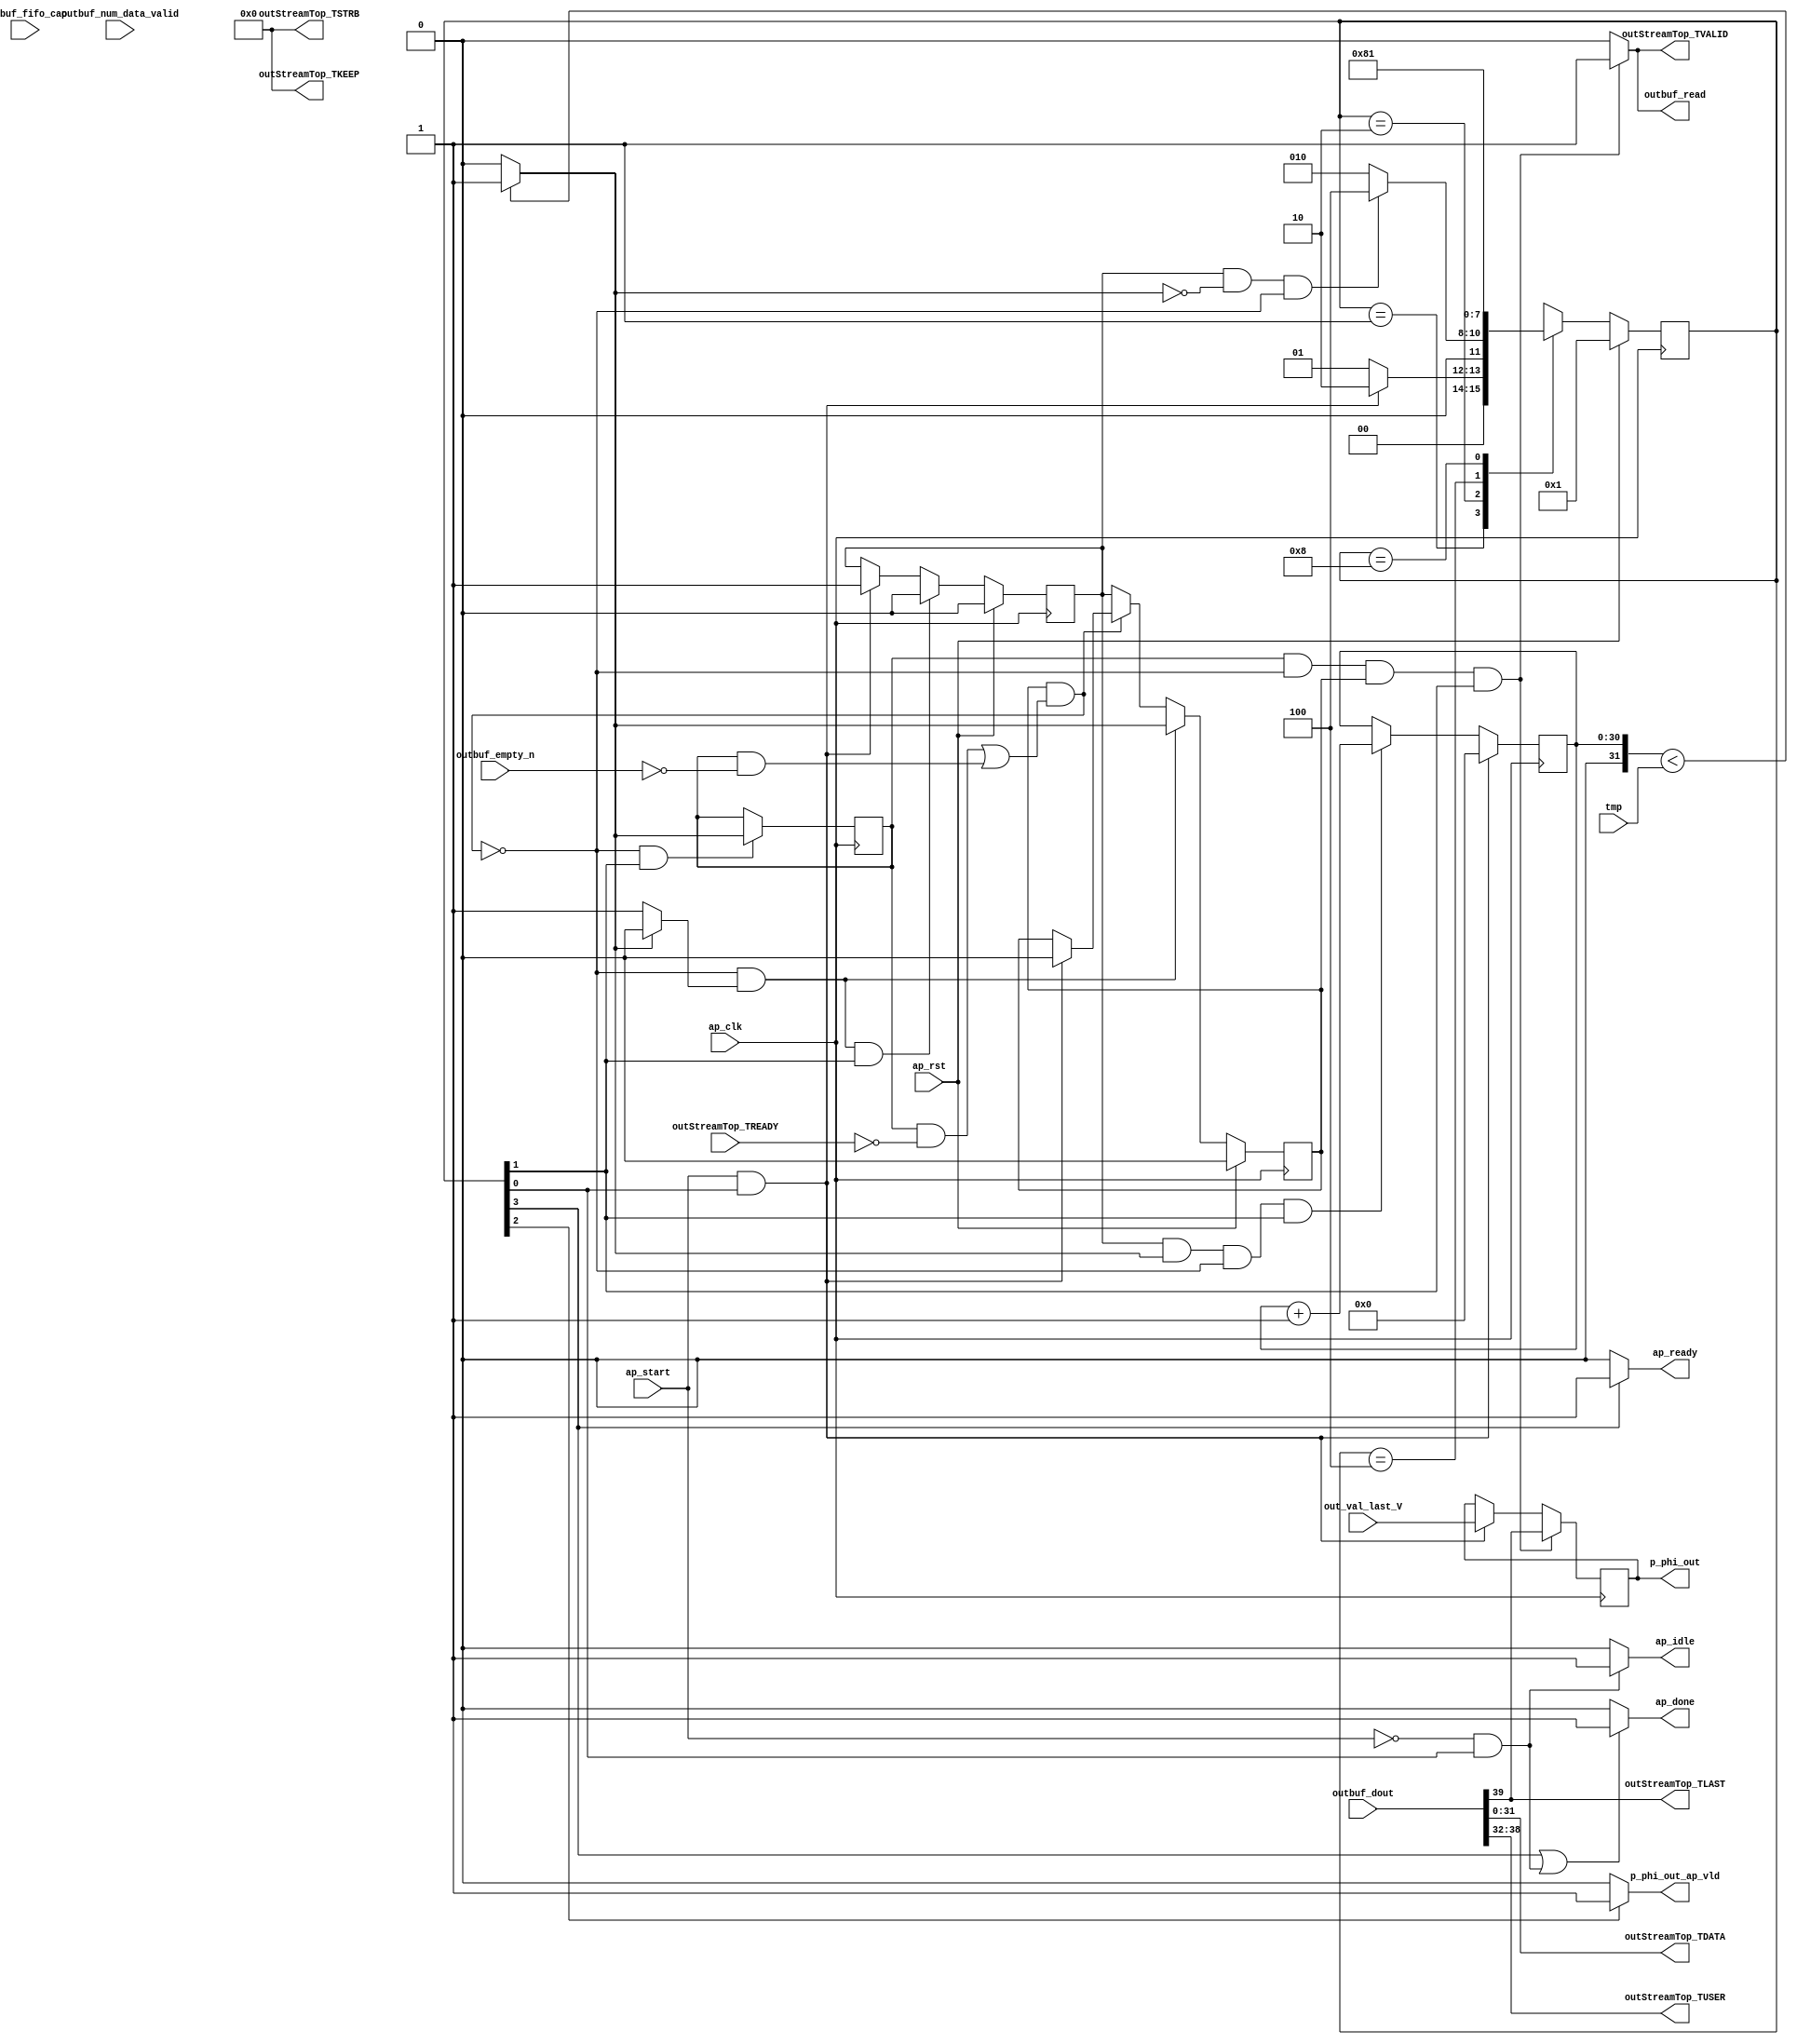
// ==============================================================
// RTL generated by Vitis HLS - High-Level Synthesis from C, C++ and OpenCL v2022.1 (64-bit)
// Version: 2022.1
// Copyright (C) Copyright 1986-2022 Xilinx, Inc. All Rights Reserved.
// 
// ===========================================================

`timescale 1 ns / 1 ps 

module userdma_sendoutstream_Pipeline_VITIS_LOOP_151_2 (
        ap_clk,
        ap_rst,
        ap_start,
        ap_done,
        ap_idle,
        ap_ready,
        out_val_last_V,
        tmp,
        outbuf_dout,
        outbuf_num_data_valid,
        outbuf_fifo_cap,
        outbuf_empty_n,
        outbuf_read,
        outStreamTop_TDATA,
        outStreamTop_TVALID,
        outStreamTop_TREADY,
        outStreamTop_TKEEP,
        outStreamTop_TSTRB,
        outStreamTop_TUSER,
        outStreamTop_TLAST,
        p_phi_out,
        p_phi_out_ap_vld
);

parameter    ap_ST_fsm_state1 = 4'd1;
parameter    ap_ST_fsm_pp0_stage0 = 4'd2;
parameter    ap_ST_fsm_state4 = 4'd4;
parameter    ap_ST_fsm_state5 = 4'd8;

input   ap_clk;
input   ap_rst;
input   ap_start;
output   ap_done;
output   ap_idle;
output   ap_ready;
input  [0:0] out_val_last_V;
input  [31:0] tmp;
input  [39:0] outbuf_dout;
input  [7:0] outbuf_num_data_valid;
input  [7:0] outbuf_fifo_cap;
input   outbuf_empty_n;
output   outbuf_read;
output  [31:0] outStreamTop_TDATA;
output   outStreamTop_TVALID;
input   outStreamTop_TREADY;
output  [3:0] outStreamTop_TKEEP;
output  [3:0] outStreamTop_TSTRB;
output  [6:0] outStreamTop_TUSER;
output  [0:0] outStreamTop_TLAST;
output  [0:0] p_phi_out;
output   p_phi_out_ap_vld;

reg ap_done;
reg ap_idle;
reg ap_ready;
reg outbuf_read;
reg outStreamTop_TVALID;
reg p_phi_out_ap_vld;

(* fsm_encoding = "none" *) reg   [3:0] ap_CS_fsm;
wire    ap_CS_fsm_state1;
reg    outbuf_blk_n;
wire    ap_CS_fsm_pp0_stage0;
reg    ap_enable_reg_pp0_iter1;
wire    ap_block_pp0_stage0;
reg   [0:0] icmp_ln151_reg_197;
reg    outStreamTop_TDATA_blk_n;
reg   [0:0] p_phi_reg_116;
wire   [0:0] icmp_ln151_fu_139_p2;
wire    ap_block_state2_pp0_stage0_iter0;
reg    ap_block_state3_pp0_stage0_iter1;
reg    ap_block_state3_io;
reg    ap_block_pp0_stage0_11001;
reg    ap_enable_reg_pp0_iter0;
reg    ap_block_pp0_stage0_subdone;
reg    ap_condition_pp0_exit_iter0_state2;
reg   [30:0] i_fu_66;
wire   [30:0] add_ln151_fu_144_p2;
reg    ap_block_pp0_stage0_01001;
wire    ap_CS_fsm_state4;
wire   [31:0] zext_ln151_fu_135_p1;
wire    ap_CS_fsm_state5;
reg   [3:0] ap_NS_fsm;
reg    ap_ST_fsm_state1_blk;
wire    ap_ST_fsm_state4_blk;
wire    ap_ST_fsm_state5_blk;
reg    ap_idle_pp0;
wire    ap_enable_pp0;
wire    ap_ce_reg;

// power-on initialization
initial begin
#0 ap_CS_fsm = 4'd1;
#0 ap_enable_reg_pp0_iter1 = 1'b0;
#0 ap_enable_reg_pp0_iter0 = 1'b0;
end

always @ (posedge ap_clk) begin
    if (ap_rst == 1'b1) begin
        ap_CS_fsm <= ap_ST_fsm_state1;
    end else begin
        ap_CS_fsm <= ap_NS_fsm;
    end
end

always @ (posedge ap_clk) begin
    if (ap_rst == 1'b1) begin
        ap_enable_reg_pp0_iter0 <= 1'b0;
    end else begin
        if (((1'b0 == ap_block_pp0_stage0_subdone) & (1'b1 == ap_condition_pp0_exit_iter0_state2) & (1'b1 == ap_CS_fsm_pp0_stage0))) begin
            ap_enable_reg_pp0_iter0 <= 1'b0;
        end else if (((ap_start == 1'b1) & (1'b1 == ap_CS_fsm_state1))) begin
            ap_enable_reg_pp0_iter0 <= 1'b1;
        end
    end
end

always @ (posedge ap_clk) begin
    if (ap_rst == 1'b1) begin
        ap_enable_reg_pp0_iter1 <= 1'b0;
    end else begin
        if (((1'b0 == ap_block_pp0_stage0_subdone) & (1'b1 == ap_condition_pp0_exit_iter0_state2))) begin
            ap_enable_reg_pp0_iter1 <= (1'b1 ^ ap_condition_pp0_exit_iter0_state2);
        end else if ((1'b0 == ap_block_pp0_stage0_subdone)) begin
            ap_enable_reg_pp0_iter1 <= ap_enable_reg_pp0_iter0;
        end else if (((ap_start == 1'b1) & (1'b1 == ap_CS_fsm_state1))) begin
            ap_enable_reg_pp0_iter1 <= 1'b0;
        end
    end
end

always @ (posedge ap_clk) begin
    if (((ap_start == 1'b1) & (1'b1 == ap_CS_fsm_state1))) begin
        i_fu_66 <= 31'd0;
    end else if (((ap_enable_reg_pp0_iter0 == 1'b1) & (icmp_ln151_fu_139_p2 == 1'd1) & (1'b0 == ap_block_pp0_stage0_11001) & (1'b1 == ap_CS_fsm_pp0_stage0))) begin
        i_fu_66 <= add_ln151_fu_144_p2;
    end
end

always @ (posedge ap_clk) begin
    if (((icmp_ln151_reg_197 == 1'd1) & (1'b0 == ap_block_pp0_stage0_11001) & (ap_enable_reg_pp0_iter1 == 1'b1) & (1'b1 == ap_CS_fsm_pp0_stage0))) begin
        p_phi_reg_116 <= outbuf_dout[32'd39];
    end else if (((ap_start == 1'b1) & (1'b1 == ap_CS_fsm_state1))) begin
        p_phi_reg_116 <= out_val_last_V;
    end
end

always @ (posedge ap_clk) begin
    if (((1'b0 == ap_block_pp0_stage0_11001) & (1'b1 == ap_CS_fsm_pp0_stage0))) begin
        icmp_ln151_reg_197 <= icmp_ln151_fu_139_p2;
    end
end

always @ (*) begin
    if ((ap_start == 1'b0)) begin
        ap_ST_fsm_state1_blk = 1'b1;
    end else begin
        ap_ST_fsm_state1_blk = 1'b0;
    end
end

assign ap_ST_fsm_state4_blk = 1'b0;

assign ap_ST_fsm_state5_blk = 1'b0;

always @ (*) begin
    if ((icmp_ln151_fu_139_p2 == 1'd0)) begin
        ap_condition_pp0_exit_iter0_state2 = 1'b1;
    end else begin
        ap_condition_pp0_exit_iter0_state2 = 1'b0;
    end
end

always @ (*) begin
    if (((1'b1 == ap_CS_fsm_state5) | ((ap_start == 1'b0) & (1'b1 == ap_CS_fsm_state1)))) begin
        ap_done = 1'b1;
    end else begin
        ap_done = 1'b0;
    end
end

always @ (*) begin
    if (((ap_start == 1'b0) & (1'b1 == ap_CS_fsm_state1))) begin
        ap_idle = 1'b1;
    end else begin
        ap_idle = 1'b0;
    end
end

always @ (*) begin
    if (((ap_enable_reg_pp0_iter0 == 1'b0) & (ap_enable_reg_pp0_iter1 == 1'b0))) begin
        ap_idle_pp0 = 1'b1;
    end else begin
        ap_idle_pp0 = 1'b0;
    end
end

always @ (*) begin
    if ((1'b1 == ap_CS_fsm_state5)) begin
        ap_ready = 1'b1;
    end else begin
        ap_ready = 1'b0;
    end
end

always @ (*) begin
    if (((icmp_ln151_reg_197 == 1'd1) & (1'b0 == ap_block_pp0_stage0) & (ap_enable_reg_pp0_iter1 == 1'b1) & (1'b1 == ap_CS_fsm_pp0_stage0))) begin
        outStreamTop_TDATA_blk_n = outStreamTop_TREADY;
    end else begin
        outStreamTop_TDATA_blk_n = 1'b1;
    end
end

always @ (*) begin
    if (((icmp_ln151_reg_197 == 1'd1) & (1'b0 == ap_block_pp0_stage0_11001) & (ap_enable_reg_pp0_iter1 == 1'b1) & (1'b1 == ap_CS_fsm_pp0_stage0))) begin
        outStreamTop_TVALID = 1'b1;
    end else begin
        outStreamTop_TVALID = 1'b0;
    end
end

always @ (*) begin
    if (((icmp_ln151_reg_197 == 1'd1) & (1'b0 == ap_block_pp0_stage0) & (ap_enable_reg_pp0_iter1 == 1'b1) & (1'b1 == ap_CS_fsm_pp0_stage0))) begin
        outbuf_blk_n = outbuf_empty_n;
    end else begin
        outbuf_blk_n = 1'b1;
    end
end

always @ (*) begin
    if (((icmp_ln151_reg_197 == 1'd1) & (1'b0 == ap_block_pp0_stage0_11001) & (ap_enable_reg_pp0_iter1 == 1'b1) & (1'b1 == ap_CS_fsm_pp0_stage0))) begin
        outbuf_read = 1'b1;
    end else begin
        outbuf_read = 1'b0;
    end
end

always @ (*) begin
    if ((1'b1 == ap_CS_fsm_state4)) begin
        p_phi_out_ap_vld = 1'b1;
    end else begin
        p_phi_out_ap_vld = 1'b0;
    end
end

always @ (*) begin
    case (ap_CS_fsm)
        ap_ST_fsm_state1 : begin
            if (((ap_start == 1'b1) & (1'b1 == ap_CS_fsm_state1))) begin
                ap_NS_fsm = ap_ST_fsm_pp0_stage0;
            end else begin
                ap_NS_fsm = ap_ST_fsm_state1;
            end
        end
        ap_ST_fsm_pp0_stage0 : begin
            if (~((ap_enable_reg_pp0_iter0 == 1'b1) & (icmp_ln151_fu_139_p2 == 1'd0) & (1'b0 == ap_block_pp0_stage0_subdone))) begin
                ap_NS_fsm = ap_ST_fsm_pp0_stage0;
            end else if (((ap_enable_reg_pp0_iter0 == 1'b1) & (icmp_ln151_fu_139_p2 == 1'd0) & (1'b0 == ap_block_pp0_stage0_subdone))) begin
                ap_NS_fsm = ap_ST_fsm_state4;
            end else begin
                ap_NS_fsm = ap_ST_fsm_pp0_stage0;
            end
        end
        ap_ST_fsm_state4 : begin
            ap_NS_fsm = ap_ST_fsm_state5;
        end
        ap_ST_fsm_state5 : begin
            ap_NS_fsm = ap_ST_fsm_state1;
        end
        default : begin
            ap_NS_fsm = 'bx;
        end
    endcase
end

assign add_ln151_fu_144_p2 = (i_fu_66 + 31'd1);

assign ap_CS_fsm_pp0_stage0 = ap_CS_fsm[32'd1];

assign ap_CS_fsm_state1 = ap_CS_fsm[32'd0];

assign ap_CS_fsm_state4 = ap_CS_fsm[32'd2];

assign ap_CS_fsm_state5 = ap_CS_fsm[32'd3];

assign ap_block_pp0_stage0 = ~(1'b1 == 1'b1);

always @ (*) begin
    ap_block_pp0_stage0_01001 = ((ap_enable_reg_pp0_iter1 == 1'b1) & (((icmp_ln151_reg_197 == 1'd1) & (outStreamTop_TREADY == 1'b0)) | ((icmp_ln151_reg_197 == 1'd1) & (outbuf_empty_n == 1'b0))));
end

always @ (*) begin
    ap_block_pp0_stage0_11001 = ((ap_enable_reg_pp0_iter1 == 1'b1) & ((1'b1 == ap_block_state3_io) | ((icmp_ln151_reg_197 == 1'd1) & (outStreamTop_TREADY == 1'b0)) | ((icmp_ln151_reg_197 == 1'd1) & (outbuf_empty_n == 1'b0))));
end

always @ (*) begin
    ap_block_pp0_stage0_subdone = ((ap_enable_reg_pp0_iter1 == 1'b1) & ((1'b1 == ap_block_state3_io) | ((icmp_ln151_reg_197 == 1'd1) & (outStreamTop_TREADY == 1'b0)) | ((icmp_ln151_reg_197 == 1'd1) & (outbuf_empty_n == 1'b0))));
end

assign ap_block_state2_pp0_stage0_iter0 = ~(1'b1 == 1'b1);

always @ (*) begin
    ap_block_state3_io = ((icmp_ln151_reg_197 == 1'd1) & (outStreamTop_TREADY == 1'b0));
end

always @ (*) begin
    ap_block_state3_pp0_stage0_iter1 = (((icmp_ln151_reg_197 == 1'd1) & (outStreamTop_TREADY == 1'b0)) | ((icmp_ln151_reg_197 == 1'd1) & (outbuf_empty_n == 1'b0)));
end

assign ap_enable_pp0 = (ap_idle_pp0 ^ 1'b1);

assign icmp_ln151_fu_139_p2 = (($signed(zext_ln151_fu_135_p1) < $signed(tmp)) ? 1'b1 : 1'b0);

assign outStreamTop_TDATA = outbuf_dout[31:0];

assign outStreamTop_TKEEP = 4'd0;

assign outStreamTop_TLAST = outbuf_dout[32'd39];

assign outStreamTop_TSTRB = 4'd0;

assign outStreamTop_TUSER = {{outbuf_dout[38:32]}};

assign p_phi_out = p_phi_reg_116;

assign zext_ln151_fu_135_p1 = i_fu_66;

endmodule //userdma_sendoutstream_Pipeline_VITIS_LOOP_151_2